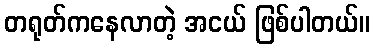
တရုတ်ကနေလာတဲ့ အငယ် ဖြစ်ပါတယ်။